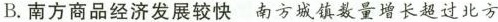
B.南方商品经济发展较快 南方城镇数量增长超过北方